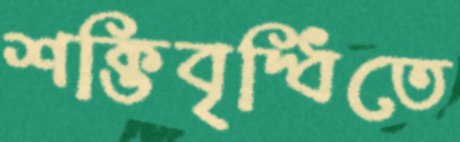
শক্তিবৃদ্ধিতে